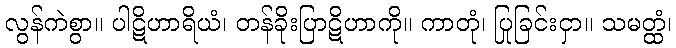
လွန်ကဲစွာ။ ပါဋိဟာရိယံ၊ တန်ခိုးပြာဋိဟာကို။ ကာတုံ၊ ပြုခြင်းငှာ။ သမတ္ထံ၊